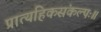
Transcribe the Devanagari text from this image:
प्रात्यहिकसंकल्पः॥